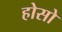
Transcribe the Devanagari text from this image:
होसो